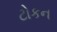
ટોકન